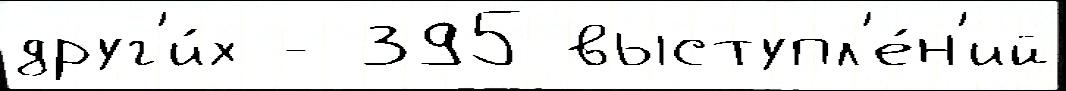
друг'и́х - 395 выступл'е́н'ий